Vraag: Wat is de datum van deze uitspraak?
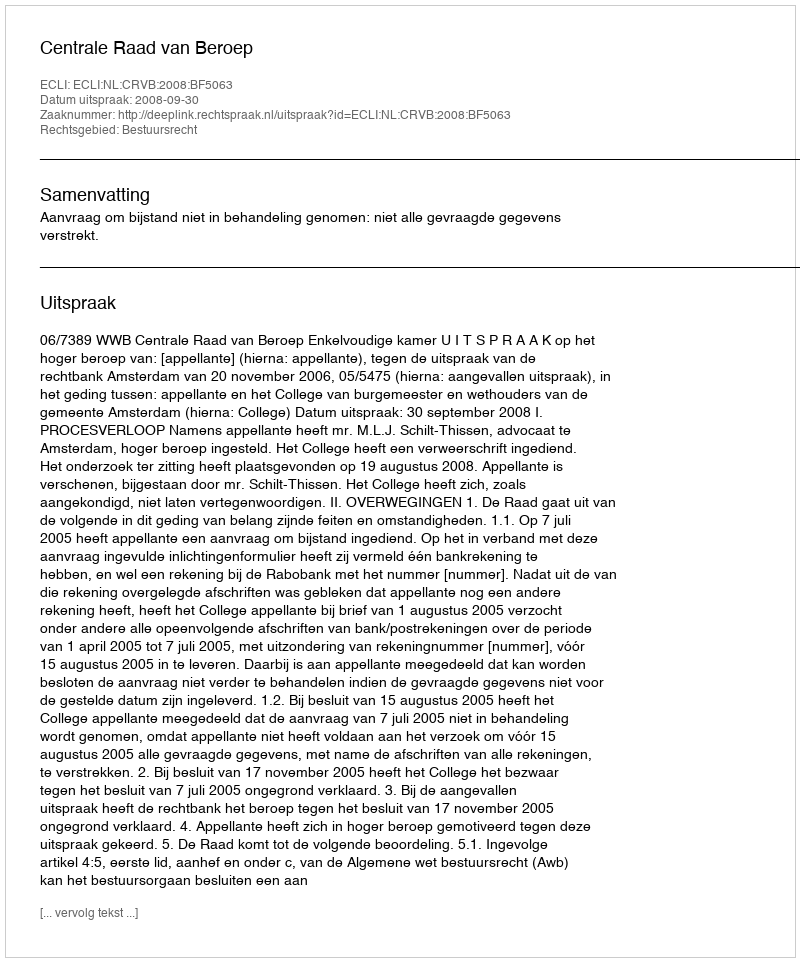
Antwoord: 2008-09-30